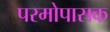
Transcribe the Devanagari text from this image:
परमोपासक